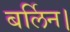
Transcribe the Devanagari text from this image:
बर्लिन।